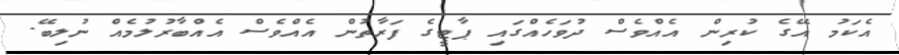
އެކަމު އޭގެ ކުރިން އެއްވެސް ދުވަހެއްގައި ޕާޓީގެ ފަރާތުން އެއްވެސް އެއްބާރުލުމެއް ނުލިބޭ.